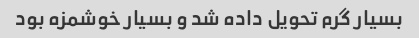
بسیار گرم تحویل داده شد و بسیار خوشمزه بود